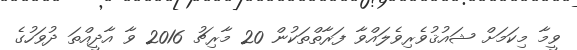
ވީމާ މިކަމަށް ޝައުޤުވެރިވެލައްވާ ފަރާތްތަކުން 20 މާރިޗު 2016 ވާ އާދީއްތަ ދުވަހުގެ